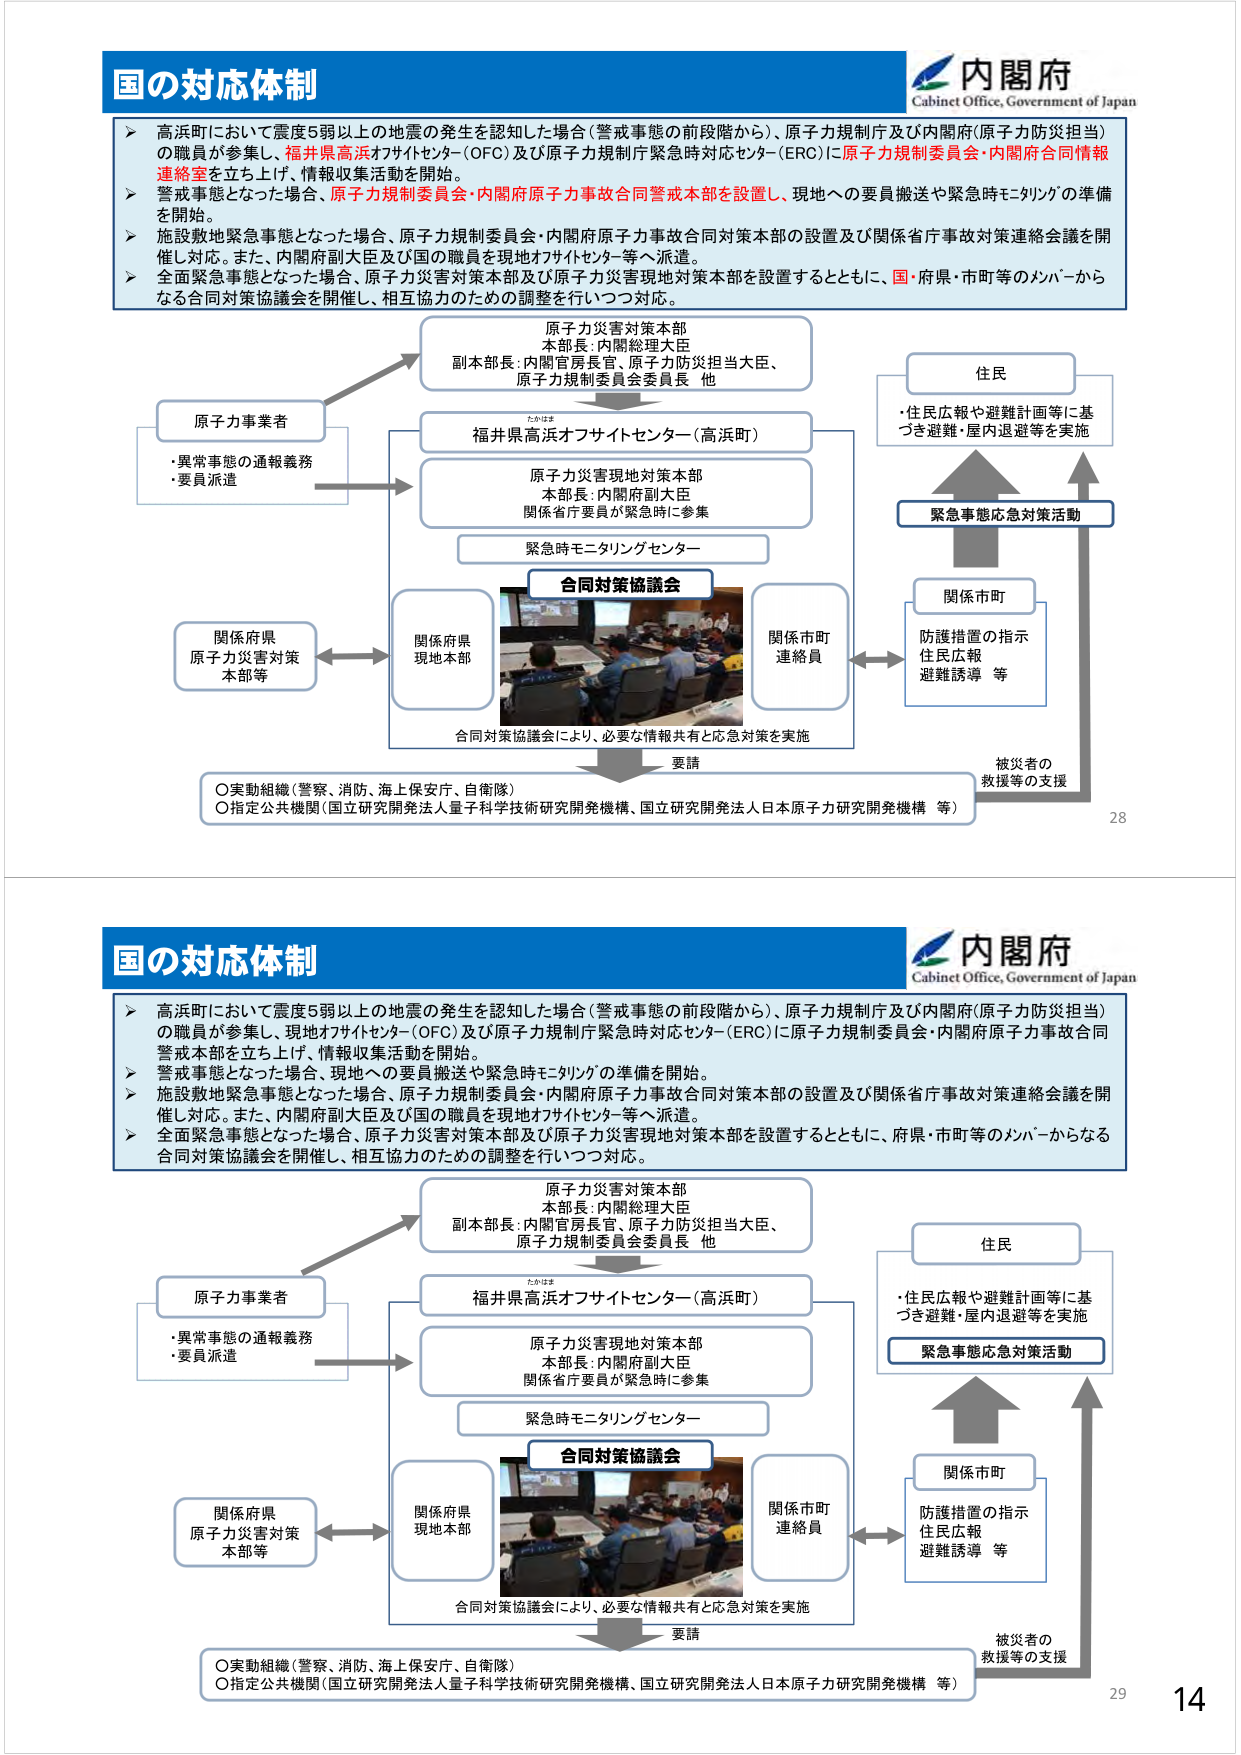
国の対応体制
内閣府
Cabinet Office, Government of Japan
＞ 高浜町において震度5弱以上の地震の発生を認知した場合（警戒事態の前段階から）、原子力規制庁及び内閣府（原子力防災担当）の職員が参集し、福井県高浜オフサイトセンター（OFC）及び原子力規制庁緊急時対応センター（ERC）に原子力規制委員会・内閣府合同情報連絡室を立ち上げ、情報収集活動を開始。
＞ 警戒事態となった場合、原子力規制委員会・内閣府原子力事故合同警戒本部を設置し、現地への要員搬送や緊急時モニタリングの準備を開始。
＞ 施設敷地緊急事態となった場合、原子力規制委員会・内閣府原子力事故合同対策本部の設置及び関係省庁事故対策連絡会議を開催し対応。また、内閣府副大臣及び国の職員を現地オフサイトセンター等へ派遣。
＞ 全面緊急事態となった場合、原子力災害対策本部及び原子力災害現地対策本部を設置するとともに、国・府県・市町等のメンバーからなる合同対策協議会を開催し、相互協力のための調整を行いつつ対応。
原子力災害対策本部
本部長：内閣総理大臣
副本部長：内閣官房長官、原子力防災担当大臣、
原子力規制委員会委員長 他
福井県高浜オフサイトセンター（高浜町）
原子力災害現地対策本部
本部長：内閣府副大臣
関係省庁要員が緊急時に参集
緊急時モニタリングセンター
合同対策協議会
関係府県
現地本部
関係市町
連絡員
関係府県
原子力災害対策
本部等
原子力事業者
・異常事態の通報義務
・要員派遣
住民
・住民広報や避難計画等に基づき避難・屋内退避等を実施
緊急事態応急対策活動
関係市町
防護措置の指示
住民広報
避難誘導 等
被災者の
救援等の支援
要請
○実動組織（警察、消防、海上保安庁、自衛隊）
○指定公共機関（国立研究開発法人量子科学技術研究開発機構、国立研究開発法人日本原子力研究開発機構 等）
28
国の対応体制
内閣府
Cabinet Office, Government of Japan
＞ 高浜町において震度5弱以上の地震の発生を認知した場合（警戒事態の前段階から）、原子力規制庁及び内閣府（原子力防災担当）の職員が参集し、現地オフサイトセンター（OFC）及び原子力規制庁緊急時対応センター（ERC）に原子力規制委員会・内閣府原子力事故合同警戒本部を立ち上げ、情報収集活動を開始。
＞ 警戒事態となった場合、現地への要員搬送や緊急時モニタリングの準備を開始。
＞ 施設敷地緊急事態となった場合、原子力規制委員会・内閣府原子力事故合同対策本部の設置及び関係省庁事故対策連絡会議を開催し対応。また、内閣府副大臣及び国の職員を現地オフサイトセンター等へ派遣。
＞ 全面緊急事態となった場合、原子力災害対策本部及び原子力災害現地対策本部を設置するとともに、府県・市町等のメンバーからなる合同対策協議会を開催し、相互協力のための調整を行いつつ対応。
原子力災害対策本部
本部長：内閣総理大臣
副本部長：内閣官房長官、原子力防災担当大臣、
原子力規制委員会委員長 他
福井県高浜オフサイトセンター（高浜町）
原子力災害現地対策本部
本部長：内閣府副大臣
関係省庁要員が緊急時に参集
緊急時モニタリングセンター
合同対策協議会
関係府県
現地本部
関係市町
連絡員
関係府県
原子力災害対策
本部等
原子力事業者
・異常事態の通報義務
・要員派遣
住民
・住民広報や避難計画等に基づき避難・屋内退避等を実施
緊急事態応急対策活動
関係市町
防護措置の指示
住民広報
避難誘導 等
被災者の
救援等の支援
要請
○実動組織（警察、消防、海上保安庁、自衛隊）
○指定公共機関（国立研究開発法人量子科学技術研究開発機構、国立研究開発法人日本原子力研究開発機構 等）
29
14